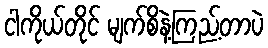
ငါကိုယ်တိုင် မျက်စိနဲ့ကြည့်တာပဲ